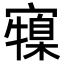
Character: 𭔜